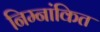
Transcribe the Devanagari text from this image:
निम्नांकित